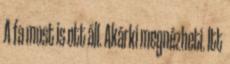
A fa most is ott áll. Akárki megnézheti. Itt